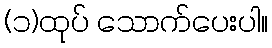
(၁)ထုပ် သောက်ပေးပါ။